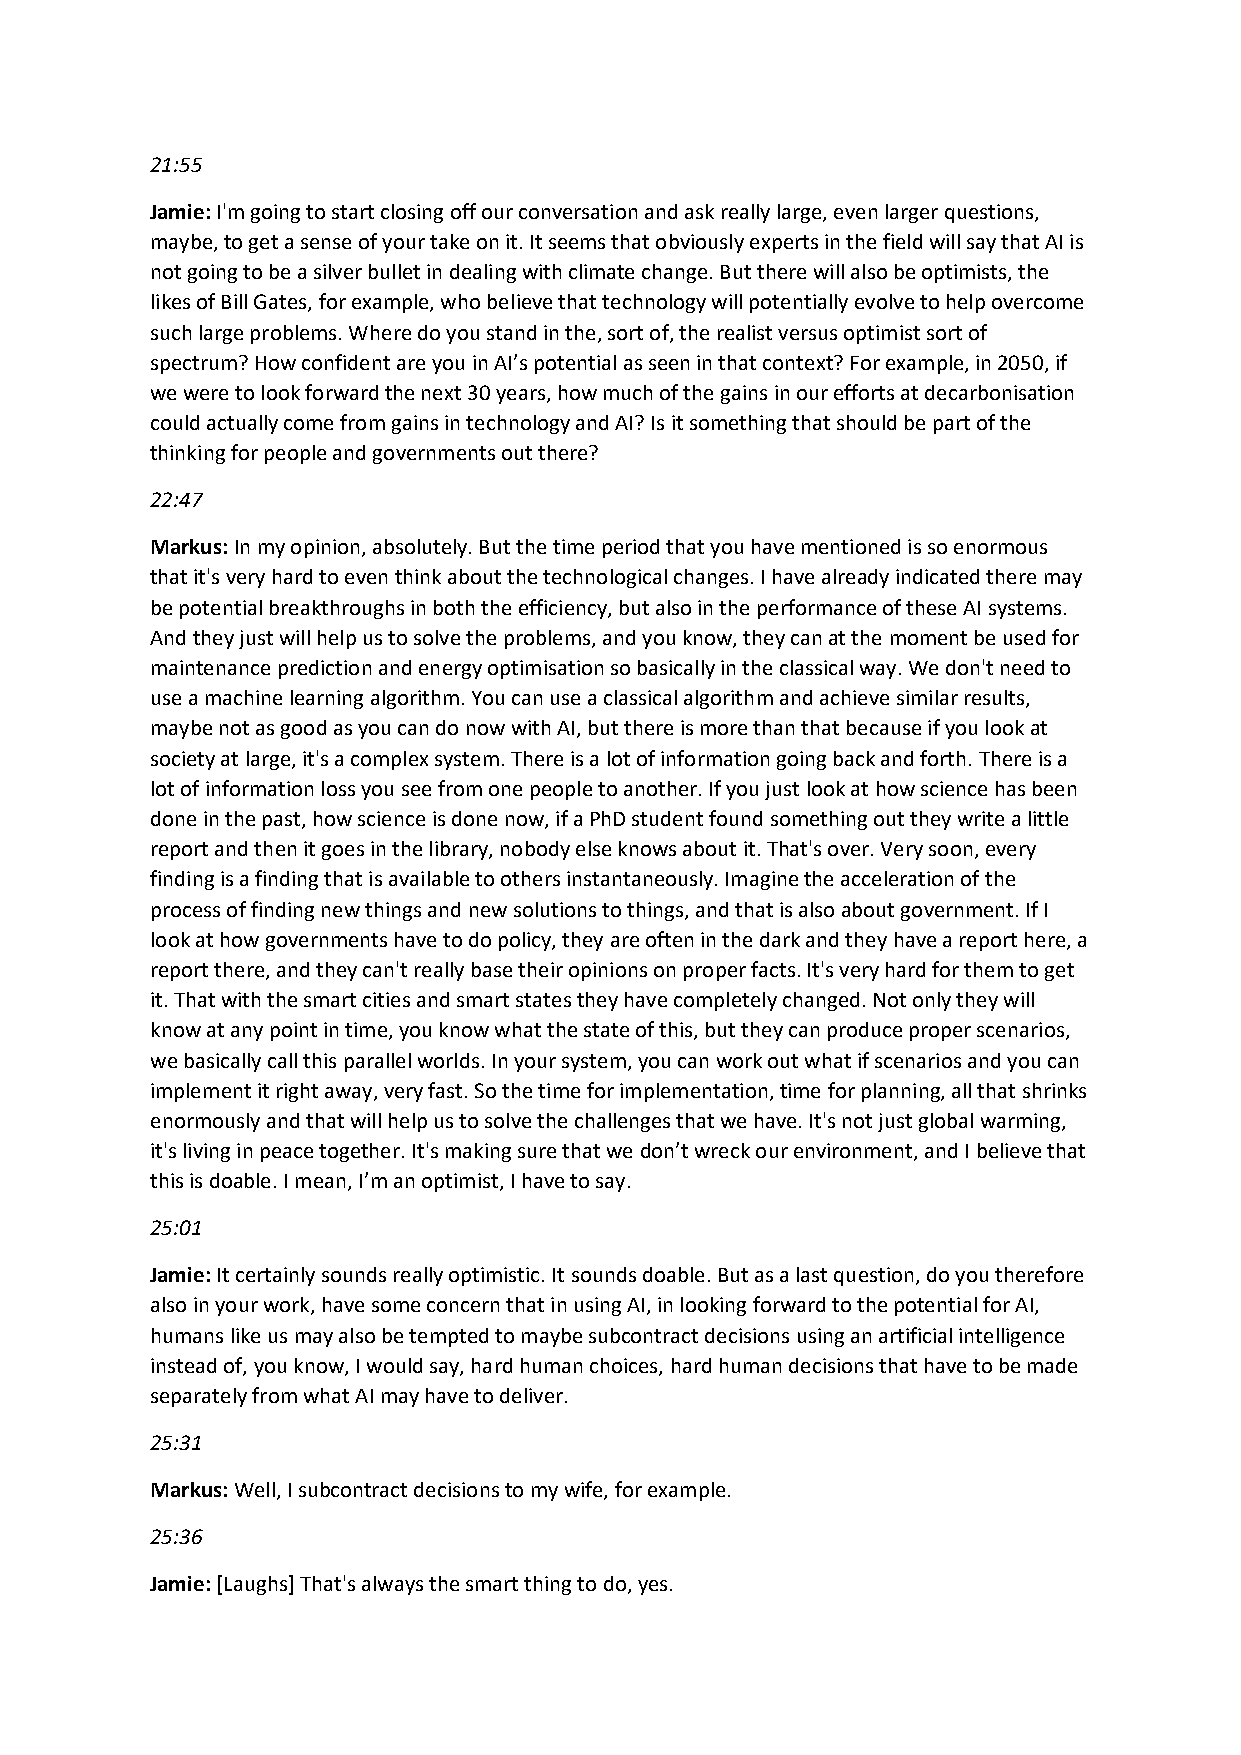
21:55
 Jamie: I'm going to start closing off our conversation and ask really large, even larger questions,
 maybe, to get a sense of your take on it. It seems that obviously experts in the field will say that AI is
 not going to be a silver bullet in dealing with climate change. But there will also be optimists, the
 likes of Bill Gates, for example, who believe that technology will potentially evolve to help overcome
 such large problems. Where do you stand in the, sort of, the realist versus optimist sort of
 spectrum? How confident are you in AI’s potential as seen in that context? For example, in 2050, if
 we were to look forward the next 30 years, how much of the gains in our efforts at decarbonisation
 could actually come from gains in technology and AI? Is it something that should be part of the
 thinking for people and governments out there?
 22:47
 Markus: In my opinion, absolutely. But the time period that you have mentioned is so enormous
 that it's very hard to even think about the technological changes. I have already indicated there may
 be potential breakthroughs in both the efficiency, but also in the performance of these AI systems.
 And they just will help us to solve the problems, and you know, they can at the moment be used for
 maintenance prediction and energy optimisation so basically in the classical way. We don't need to
 use a machine learning algorithm. You can use a classical algorithm and achieve similar results,
 maybe not as good as you can do now with AI, but there is more than that because if you look at
 society at large, it's a complex system. There is a lot of information going back and forth. There is a
 lot of information loss you see from one people to another. If you just look at how science has been
 done in the past, how science is done now, if a PhD student found something out they write a little
 report and then it goes in the library, nobody else knows about it. That's over. Very soon, every
 finding is a finding that is available to others instantaneously. Imagine the acceleration of the
 process of finding new things and new solutions to things, and that is also about government. If I
 look at how governments have to do policy, they are often in the dark and they have a report here, a
 report there, and they can't really base their opinions on proper facts. It's very hard for them to get
 it. That with the smart cities and smart states they have completely changed. Not only they will
 know at any point in time, you know what the state of this, but they can produce proper scenarios,
 we basically call this parallel worlds. In your system, you can work out what if scenarios and you can
 implement it right away, very fast. So the time for implementation, time for planning, all that shrinks
 enormously and that will help us to solve the challenges that we have. It's not just global warming,
 it's living in peace together. It's making sure that we don’t wreck our environment, and I believe that
 this is doable. I mean, I’m an optimist, I have to say.
 25:01
 Jamie: It certainly sounds really optimistic. It sounds doable. But as a last question, do you therefore
 also in your work, have some concern that in using AI, in looking forward to the potential for AI,
 humans like us may also be tempted to maybe subcontract decisions using an artificial intelligence
 instead of, you know, I would say, hard human choices, hard human decisions that have to be made
 separately from what AI may have to deliver.
 25:31
 Markus: Well, I subcontract decisions to my wife, for example.
 25:36
 Jamie: [Laughs] That's always the smart thing to do, yes.